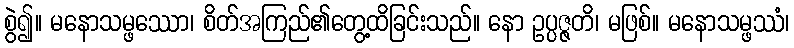
စွဲ၍။ မနောသမ္ဖဿော၊ စိတ်အကြည်၏တွေ့ထိခြင်းသည်။ နော ဥပ္ပဇ္ဇတိ၊ မဖြစ်။ မနောသမ္ဖဿံ၊